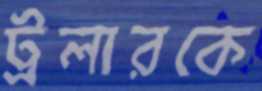
ট্রলারকে